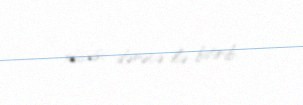
xüsusi dərəcə ilə bitirib.